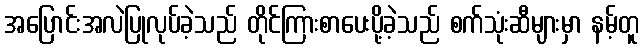
အပြောင်းအလဲပြုလုပ်ခဲ့သည် တိုင်ကြားစာပေးပို့ခဲ့သည် စက်သုံးဆီများမှာ နမ့်တူ